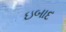
ઇબાદ